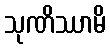
သုဏိဿာမိ